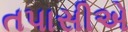
તપાસીએ